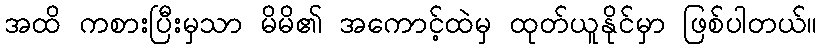
အထိ ကစားပြီးမှသာ မိမိ၏ အကောင့်ထဲမှ ထုတ်ယူနိုင်မှာ ဖြစ်ပါတယ်။